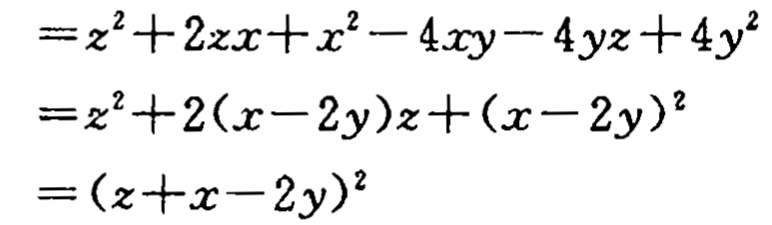
\[
\begin{align*}
&=z^{2}+2zx + x^{2}-4xy - 4yz+4y^{2}\\
&=z^{2}+2(x - 2y)z+(x - 2y)^{2}\\
&=(z + x - 2y)^{2}
\end{align*}
\]